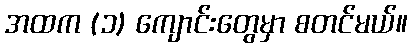
အထက (၁) ကျောင်းတွေမှာ စတင်မယ်။